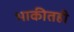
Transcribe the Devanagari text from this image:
भाकीतही